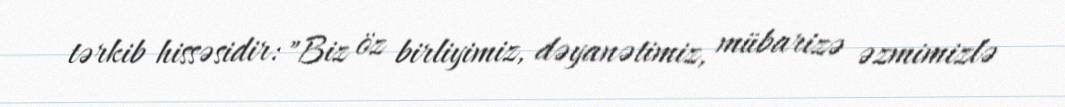
tərkib hissəsidir: "Biz öz birliyimiz, dəyanətimiz, mübarizə əzmimizlə